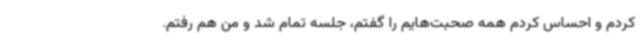
کردم و احساس کردم همه صحبت‌هایم را گفتم، جلسه تمام شد و من هم رفتم.